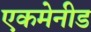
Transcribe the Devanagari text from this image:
एकमेनीड